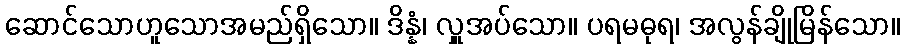
ဆောင်သောဟူသောအမည်ရှိသော။ ဒိန္နံ၊ လှူအပ်သော။ ပရမဓုရ၊ အလွန်ချိုမြိန်သော။